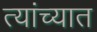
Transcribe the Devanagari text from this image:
त्‍यांच्‍यात